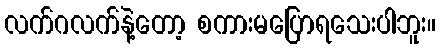
လက်ဂလက်နဲ့တော့ စကားမပြောရသေးပါဘူး။